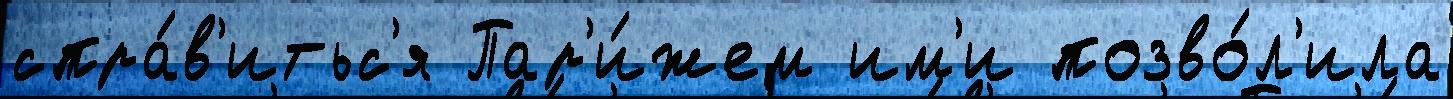
спра́в'итьс'я Пар'и́жем им'и позво́л'ила